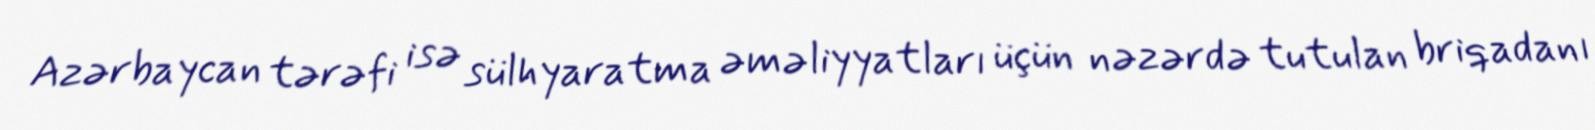
Azərbaycan tərəfi isə sülhyaratma əməliyyatları üçün nəzərdə tutulan briqadanı